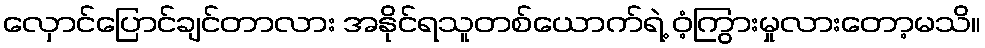
လှောင်ပြောင်ချင်တာလား အနိုင်ရသူတစ်ယောက်ရဲ့ ဝံ့ကြွားမှုလားတော့မသိ။